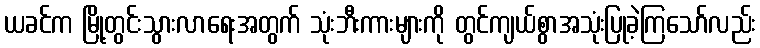
ယခင်က မြို့တွင်းသွားလာရေးအတွက် သုံးဘီးကားများကို တွင်ကျယ်စွာအသုံးပြုခဲ့ကြသော်လည်း